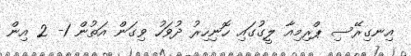
އިނގިރޭސި ޕްރިމިއާ ލީގުގައި ހޮނިހިރު ދުވަހު ވިގަން އަތުން 1- 2 އިން